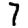
Digit: 7